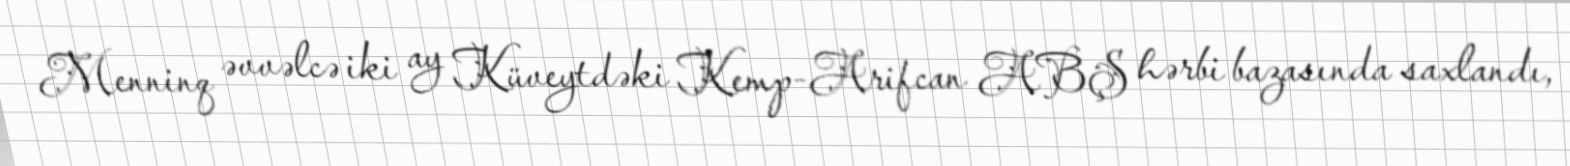
Menninq əvvəlcə iki ay Küveytdəki Kemp-Arifcan ABŞ hərbi bazasında saxlandı,